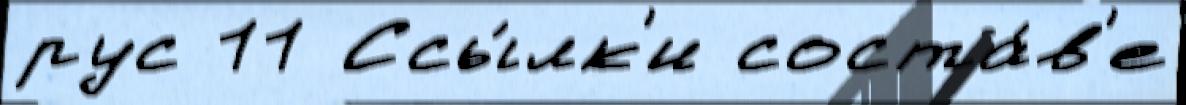
рус 11 Ссы́лк'и соста́в'е